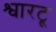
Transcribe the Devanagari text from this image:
श्वारटू